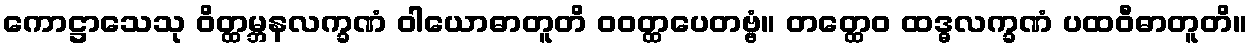
ကောဋ္ဌာသေသု ဝိတ္ထမ္ဘနလက္ခဏံ ဝါယောဓာတူတိ ဝဝတ္ထပေတဗ္ဗံ။ တတ္ထေဝ ထဒ္ဓလက္ခဏံ ပထဝီဓာတူတိ။